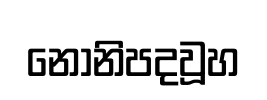
නොනිපදවූහ